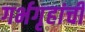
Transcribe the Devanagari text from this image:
गर्भगृहांची